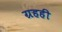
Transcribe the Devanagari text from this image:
ग्रहही